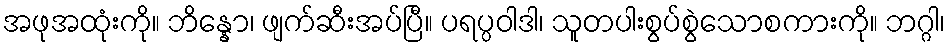
အဖုအထုံးကို။ ဘိန္နော၊ ဖျက်ဆီးအပ်ပြီ။ ပရပ္ပဝါဒါ၊ သူတပါးစွပ်စွဲသောစကားကို။ ဘဂ္ဂါ၊